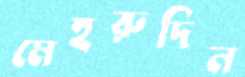
মেহরুদিন